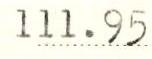
111.95